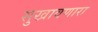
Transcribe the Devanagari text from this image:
सुखावणारा